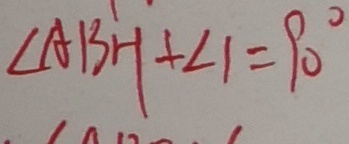
\angle A B H + \angle 1 = 9 0 ^ { \circ }